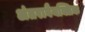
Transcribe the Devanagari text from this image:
अंतरावैयक्तिक